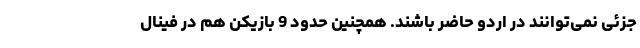
جزئی نمی‌توانند در اردو حاضر باشند. همچنین حدود 9 بازیکن هم در فینال